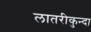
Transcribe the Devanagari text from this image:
लातरीकुन्दा